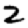
Digit: 2